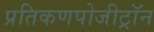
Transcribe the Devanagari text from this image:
प्रतिकणपोजीट्रॉन